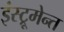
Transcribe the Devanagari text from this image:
इंस्ट्रूमेन्त